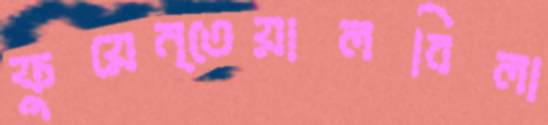
ফুয়েন্তেয়ালবিলা